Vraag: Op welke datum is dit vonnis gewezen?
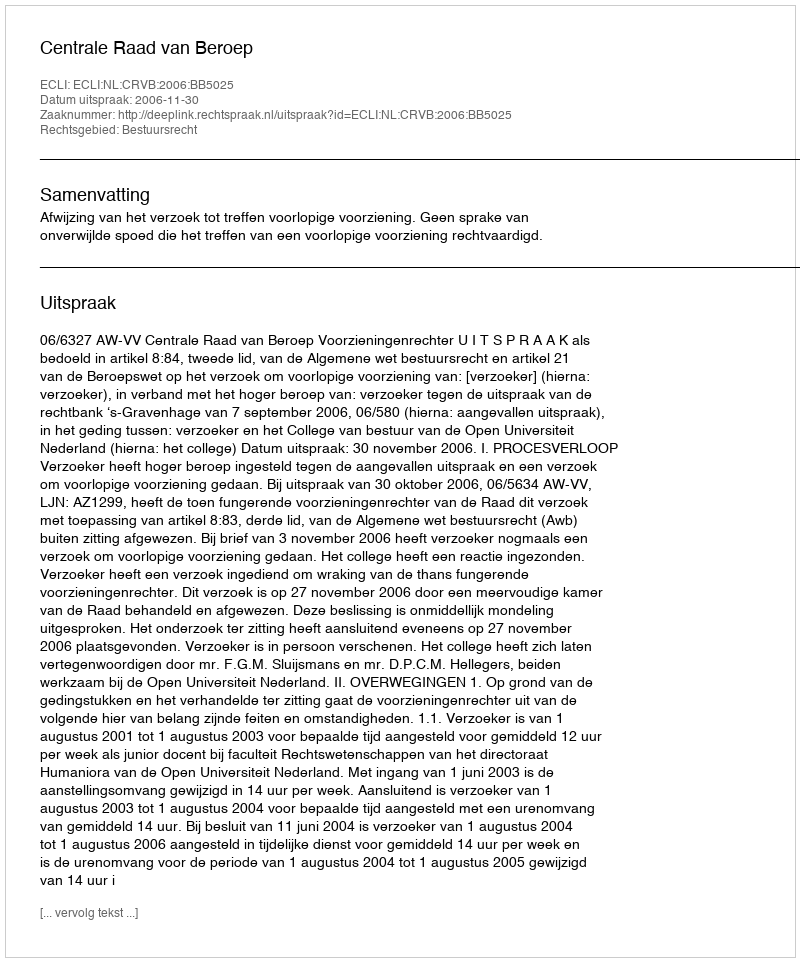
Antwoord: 2006-11-30